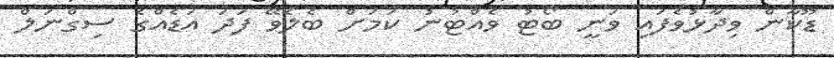
ޑޫކާން ވިދާޅުވެފައި ވަނީ ބޯޓު ވެއްޓުނު ކަމަށް ބެލެވޭ ފަދަ އަޑެއްގެ ސިގްނަލް